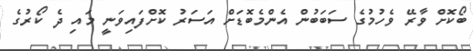
ބޯކޮށް ވާރޭ ވެހުމުގެ ސަބަބުން އެންމެބޮޑަށް އަސަރު ކޮށްފައިވަނީ މައި ދެ ކޯރުގެ